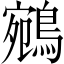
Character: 鵷